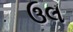
ઉલ